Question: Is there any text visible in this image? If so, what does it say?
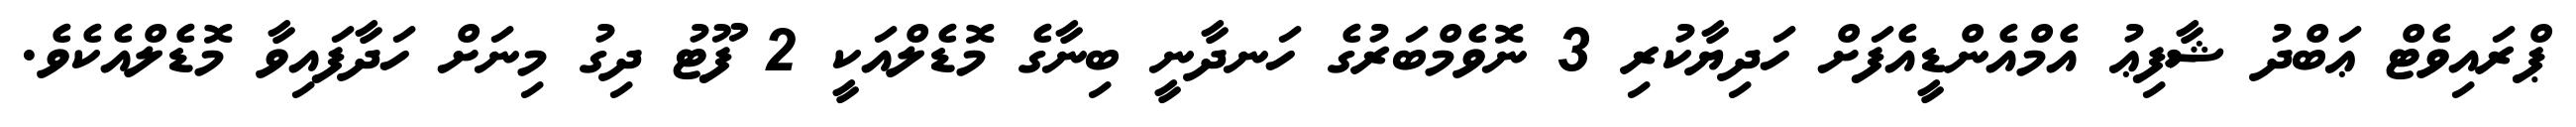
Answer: ޕްރައިވެޓް ޢަބްދު ޝާފިޢު އެމްއެންޑީއެފަށް ހަދިޔާކުރި 3 ނޮވެމްބަރުގެ ހަނދާނީ ބިނާގެ މޮޑެލްއަކީ 2 ފޫޓު ދިގު މިނަށް ހަދާފައިވާ މޮޑެލްއެކެވެ.